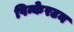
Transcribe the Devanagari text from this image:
पिन्केरटन